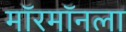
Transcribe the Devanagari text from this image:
मॉरमॉनला